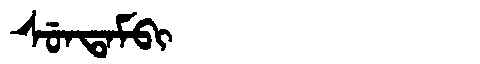
Manchu: ᠰᡠᠨᡨᠠᠮᠪᡳ
Romanization: SUNTAMBI